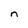
Character: n